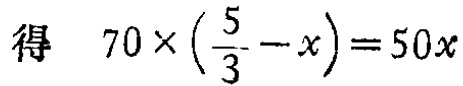
得 \(70\times(\frac{5}{3}-x)=50x\)